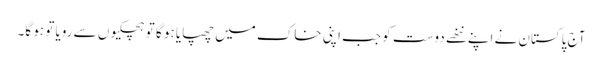
آج پاکستان نے اپنے ننھے دوست کو جب اپنی خاک میں چھپایا ہو گا تو ہچکیوں سے رویا تو ہو گا۔